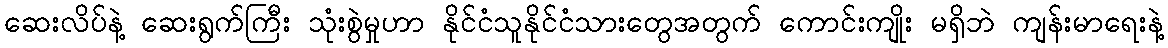
ဆေးလိပ်နဲ့ ဆေးရွက်ကြီး သုံးစွဲမှုဟာ နိုင်ငံသူနိုင်ငံသားတွေအတွက် ကောင်းကျိုး မရှိဘဲ ကျန်းမာရေးနဲ့